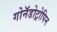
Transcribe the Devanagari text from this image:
गोनॅडोट्रोपिन